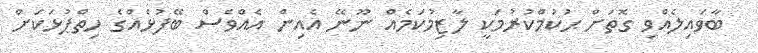
ބާވައިލެއްވި ގޮތަށް ޙުކުމްކުރުމަކީ ލާޒިމުކަމެއް ނޫނޭ އެއިން އެއްވެސް ބޭފުޅެއްގެ ހިތްޕުޅަކަށް